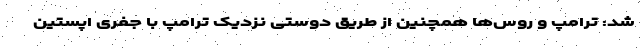
شد: ترامپ و روس‌ها همچنین از طریق دوستی نزدیک ترامپ با جفری اپستین